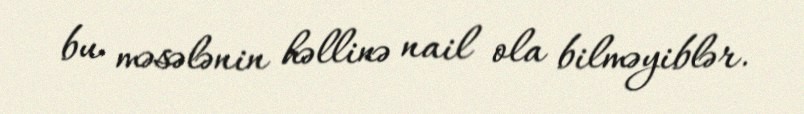
bu məsələnin həllinə nail ola bilməyiblər.